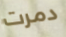
دمرت